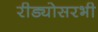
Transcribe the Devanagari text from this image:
रीड्योसरभी